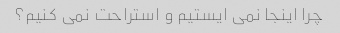
چرا اینجا نمی ایستیم و استراحت نمی کنیم؟